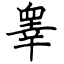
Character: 睾